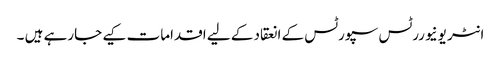
انٹر یونیوررٹس سپورٹس کے انعقاد کے لیے اقدامات کیے جارہے ہیں ۔